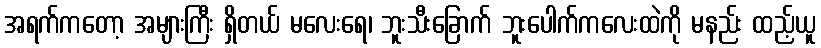
အရက်ကတော့ အများကြီး ရှိတယ် မလေးရေ၊ ဘူးသီးခြောက် ဘူးပေါက်ကလေးထဲကို မနည်း ထည့်ယူ